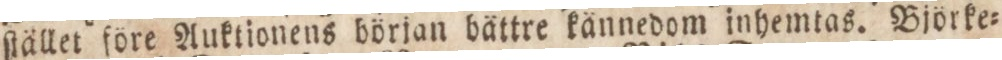
ſtället före Auktionens början bättre kännedom inhemtas. Björke=